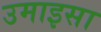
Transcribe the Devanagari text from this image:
उमाइसा